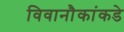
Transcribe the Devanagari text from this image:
विवानौकांकडे